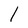
Character: 1